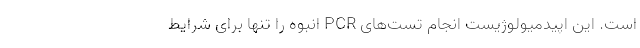
است. این اپیدمیولوژیست انجام تست‌های PCR انبوه را تنها برای شرایط